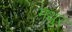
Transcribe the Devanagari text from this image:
मथुर